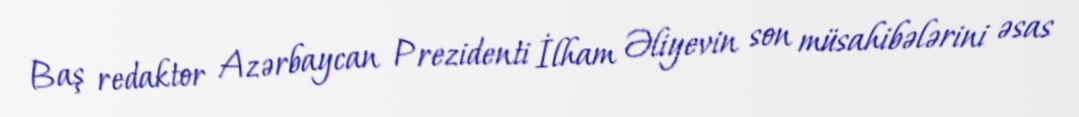
Baş redaktor Azərbaycan Prezidenti İlham Əliyevin son müsahibələrini əsas